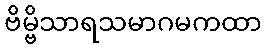
ဗိမ္ဗိသာရသမာဂမကထာ